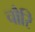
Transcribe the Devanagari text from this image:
चौरि